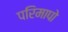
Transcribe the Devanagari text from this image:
परिमापो